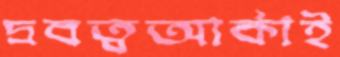
দ্রবত্বআর্কাই